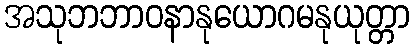
အသုဘဘာဝနာနုယောဂမနုယုတ္တာ